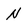
Character: N